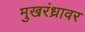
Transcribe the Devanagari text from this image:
मुखरंध्रावर